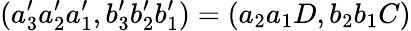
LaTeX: (a_{3}^{\prime}a_{2}^{\prime}a_{1}^{\prime},b_{3}^{\prime}b_{2}^{\prime}b_{1}^{\prime})=(a_{2}a_{1}D,b_{2}b_{1}C)